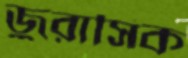
জুরাসিক